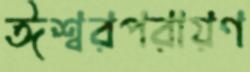
ঈশ্বরপরায়ণ